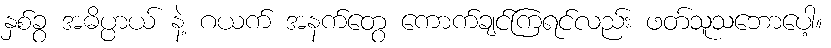
နှစ်ခွ အဓိပ္ပာယ် နဲ့ ဂယက် အနက်တွေ ကောက်ချင်ကြရင်လည်း ဖတ်သူသဘောပေါ့။